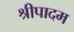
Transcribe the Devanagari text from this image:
श्रीपादम